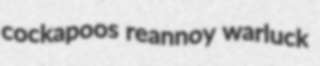
cockapoos reannoy warluck